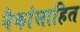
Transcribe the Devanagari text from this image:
नैकांसाहित